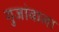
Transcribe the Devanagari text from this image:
गुजांवाला